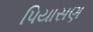
પિયાસણ